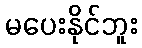
မပေးနိုင်ဘူး